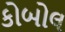
કોબોલ